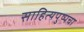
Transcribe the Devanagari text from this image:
साहित्यपुष्पचा